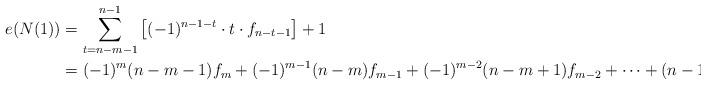
LaTeX: \begin{align*}e(N(1)) & =\sum_{t=n-m-1} ^{n-1}\left[(-1)^{n-1-t}\cdot t\cdot f_{n-t-1}\right] + 1\\& = (-1)^m(n-m-1)f_m+(-1)^{m-1}(n-m)f_{m-1}+(-1)^{m-2}(n-m+1)f_{m-2}+\cdots +(n-1)f_0 + 1.\end{align*}